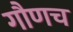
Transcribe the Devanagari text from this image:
गौणच